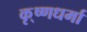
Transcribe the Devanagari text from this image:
कृ्ष्णधर्मा